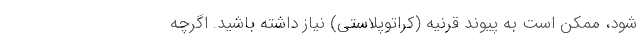
شود، ممکن است به پیوند قرنیه (کراتوپلاستی) نیاز داشته باشید. اگرچه